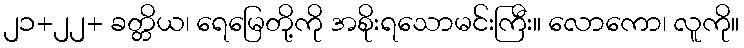
၂၁+၂၂+ ခတ္တိယ၊ ရေမြေတို့ကို အစိုးရသောမင်းကြီး။ လောကော၊ လူကို။